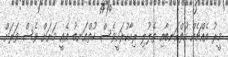
މީރު އެއްޗެއް ހުތްއަނބާއި ތެލުލި ރިހާކުރަކީވެސް. ހުތްއަނބު އެއީ މަށަށް ވެސް ވަރަށް